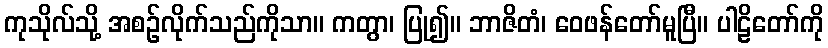
ကုသိုလ်သို့ အစဉ်လိုက်သည်ကိုသာ။ ကတွာ၊ ပြု၍။ ဘာဇိတံ၊ ဝေဖန်တော်မူပြီ။ ပါဠိတော်ကို